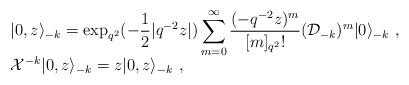
LaTeX: \begin{align*}\begin{array}{l}\vert 0,z\rangle_{-k}=\displaystyle\exp_{q^2}(-\frac{1}{2}|q^{-2}z|)\sum_{m=0}^\infty \frac{(-q^{-2}z)^m}{[m]_{q^2}!}({\cal D}_{-k})^m\vert 0\rangle_{-k}~,\\{\cal X}^{-k}\vert 0,z\rangle_{-k}=z\vert 0,z\rangle_{-k}~,\end{array}\end{align*}